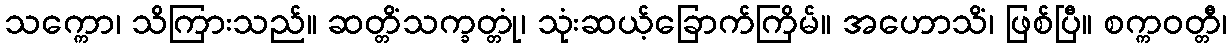
သက္ကော၊ သိကြားသည်။ ဆတ္တိံသက္ခတ္တုံ၊ သုံးဆယ့်ခြောက်ကြိမ်။ အဟောသိံ၊ ဖြစ်ပြီ။ စက္ကဝတ္တီ၊